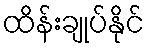
ထိန်းချုပ်နိုင်